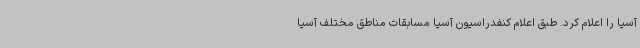
آسیا را اعلام کرد. طبق اعلام کنفدراسیون آسیا مسابقات مناطق مختلف آسیا